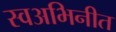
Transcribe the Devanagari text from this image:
स्वअभिनीत